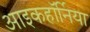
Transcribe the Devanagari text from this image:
आइकहॉर्निया